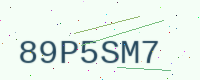
Text: 89P5SM7